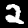
Label: 2